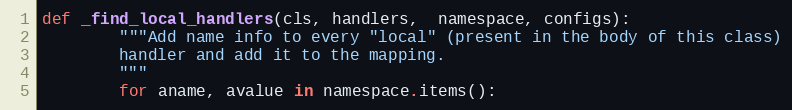
Language: Python
def _find_local_handlers(cls, handlers,  namespace, configs):
        """Add name info to every "local" (present in the body of this class)
        handler and add it to the mapping.
        """
        for aname, avalue in namespace.items():